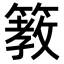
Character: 𥲯